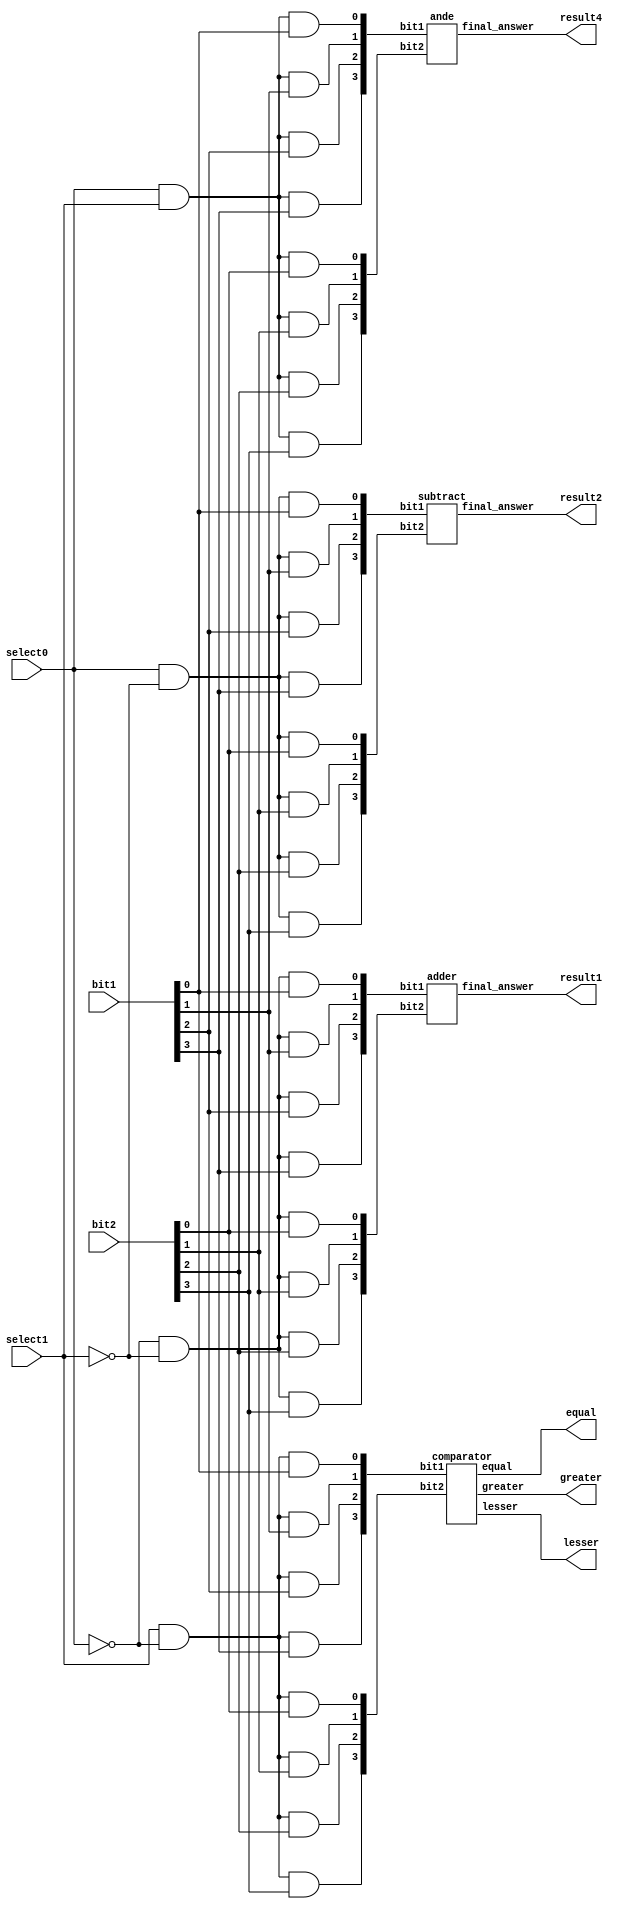
// `include "adder.v"
// `include "ande.v"
// `include "comparator.v"
// `include "subtract.v"

module r2(
output wire [4:0]result1,
output wire [4:0]result2,
output wire equal,
output wire greater,
output wire lesser,
output wire [4:0]result4,
input select0,
input select1,
input[3:0] bit1,
input[3:0] bit2
);
 wire[3:0]m1;
    wire[3:0]m2;
  wire[3:0]n1;
    wire[3:0]n2;
  wire[3:0]o1;
    wire[3:0]o2;
  wire[3:0]p1;
    wire[3:0]p2;
wire sc0,sc1;
wire d0,d1,d2,d3;
not(sc0,select0);
not(sc1,select1);
and(d0,sc0,sc1);
and(d1,select0,sc1);
and(d2,select1,sc0);
and(d3,select0,select1);
//for d0
and(m1[0],d0,bit1[0]);
and(m1[1],d0,bit1[1]);
and(m1[2],d0,bit1[2]);
and(m1[3],d0,bit1[3]);
and(m2[0],d0,bit2[0]);
and(m2[1],d0,bit2[1]);
and(m2[2],d0,bit2[2]);
and(m2[3],d0,bit2[3]);
//for d1
and(n1[0],d1,bit1[0]);
and(n1[1],d1,bit1[1]);
and(n1[2],d1,bit1[2]);
and(n1[3],d1,bit1[3]);
and(n2[0],d1,bit2[0]);
and(n2[1],d1,bit2[1]);
and(n2[2],d1,bit2[2]);
and(n2[3],d1,bit2[3]);
//for d2
and(o1[0],d2,bit1[0]);
and(o1[1],d2,bit1[1]);
and(o1[2],d2,bit1[2]);
and(o1[3],d2,bit1[3]);
and(o2[0],d2,bit2[0]);
and(o2[1],d2,bit2[1]);
and(o2[2],d2,bit2[2]);
and(o2[3],d2,bit2[3]);
//for d3
and(p1[0],d3,bit1[0]);
and(p1[1],d3,bit1[1]);
and(p1[2],d3,bit1[2]);
and(p1[3],d3,bit1[3]);
and(p2[0],d3,bit2[0]);
and(p2[1],d3,bit2[1]);
and(p2[2],d3,bit2[2]);
and(p2[3],d3,bit2[3]);
 adder u_adder(
    .final_answer(result1),
    .bit1(m1),
    .bit2(m2)
  );
  
  subtract u_subtract (
    .final_answer(result2),
    .bit1(n1),
    .bit2(n2)
  );

   comparator u_comparator (
    .equal(equal),
.greater(greater),
.lesser(lesser),
    .bit1(o1),
    .bit2(o2)
  );
  ande u_ande (
    .final_answer(result4),
    .bit1(p1),
    .bit2(p2)
  );
endmodule
module subtract(
  output wire [4:0]final_answer,
   input[3:0] bit1,
    input[3:0] bit2
    
);
wire w1,w2,w3,w4,w5,w6,w7,w8;
wire qx1,qx2,qx3,qx4,qx5,qx6,qx7,qx8,qx9,qx10,qx11,qx12;
 xor(w5,bit2[0],1);
                xor(final_answer[0],w5,bit1[0],1);
                and(qx1,1,w5);
                and(qx2,1,bit1[0]);
                and(qx3,bit1[0],w5);
                or(w1,qx3,qx2,qx1);
                xor(w6,bit2[1],1);
                xor(final_answer[1],w6,bit1[1],w1);
                and(qx4,w1,w6);
                and(qx5,w1,bit1[1]);
                and(qx6,bit1[1],w6);
                or(w2,qx5,qx4,qx6);
                xor(w7,bit2[2],1);
                xor(final_answer[2],w2,w7,bit1[2]);
                and(qx7,w2,w7);
                and(qx8,w7,bit1[2]);
                and(qx9,bit1[2],w2);
                or(w3,qx9,qx8,qx7);
                xor(w8,bit2[3],1);
                xor(final_answer[3],w3,w8,bit1[3]);
                and(qx10,w8,w3);
                and(qx11,w3,bit1[3]);
                and(qx12,bit1[3],w8);
                or(w4,qx11,qx12,qx10);
endmodule

module ande(
output wire [4:0]final_answer,
   input[3:0] bit1,
    input[3:0] bit2
);
  and(final_answer[0],bit1[0],bit2[0]);
  and(final_answer[1],bit1[1],bit2[1]);
  and(final_answer[2],bit1[2],bit2[2]);
  and(final_answer[3],bit1[3],bit2[3]);
endmodule

module comparator(
  output wire equal,
output wire greater,
output wire lesser,
   input[3:0] bit1,
    input[3:0] bit2
);
wire y1,y2,y3,y4;
wire a1,a2,a3,a4;
wire b1,b2,b3,b4;
wire xt1,xt2,xt3,xt4;
wire tg1,tg2,tg3,tg4;
  xnor(y1,bit1[0],bit2[0]);
                    xnor(y2,bit1[1],bit2[1]);
                    xnor(y3,bit1[2],bit2[2]);
                    xnor(y4,bit1[3],bit2[3]);
                    and(equal,y1,y2,y3,y4);
                    // equal part completed
                    not(xt1,bit2[0]);
                     not(xt2,bit2[1]);
                    not(xt3,bit2[2]);
                    not(xt4,bit2[3]);
                    and(a1,bit1[3],xt4);
                    and(a2,bit1[2],xt3,y4);
                    and(a3,bit1[1],xt2,y4,y3);
                    and(a4,bit1[0],xt1,y4,y3,y2);
                    or(greater,a1,a2,a3,a4);
                    // greater part com[pleted
                    not(tg1,bit1[0]);
                     not(tg2,bit1[1]);
                    not(tg3,bit1[2]);
                    not(tg4,bit1[3]);
                      and(b1,tg4,bit2[3]);
                    and(b2,tg3,bit2[2],y4);
                    and(b3,tg2,bit2[1],y4,y3);
                    and(b4,tg1,bit2[0],y4,y3,y2);
                    or(lesser,b1,b2,b3,b4);
                    //lesser part completed
endmodule

module adder(
 output  wire[4:0] final_answer,
   input[3:0] bit1,
    input[3:0] bit2
);
wire w1,w2,w3,w4,w5,w6,w7,w8;
 wire we1,we2,we3,we4,we5,we6,we7,we8,we9;
 xor(w5,bit2[0],0);
                xor(final_answer[0],w5,bit1[0],0);
                and(w1,w5,bit1[0]);
                xor(w6,bit2[1],0);
                xor(final_answer[1],w6,bit1[1],w1);
                and(we1,w1,w6);
                 and(we2,w6,bit1[1]);
                 and(we3,w1,bit1[1]);
                or(w2,we3,we1,we2);
                xor(w7,bit2[2],0);
                xor(final_answer[2],w2,w7,bit1[2]);
                 and(we4,w2,w7);
                 and(we5,w2,bit1[2]);
                 and(we6,w7,bit1[2]);
                or(w3,we5,we6,we4);
                xor(w8,bit2[3],0);
                xor(final_answer[3],w3,w8,bit1[3]);
                 and(we7,w3,w8);
                 and(we8,w3,bit1[3]);
                 and(we9,w8,bit1[3]);
                or(final_answer[4],we8,we9,we7);
                
endmodule